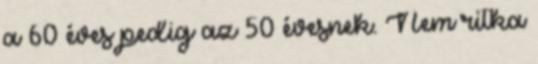
a 60 éves pedig az 50 évesnek. Nem ritka